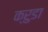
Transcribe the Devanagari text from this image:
क्रुडा